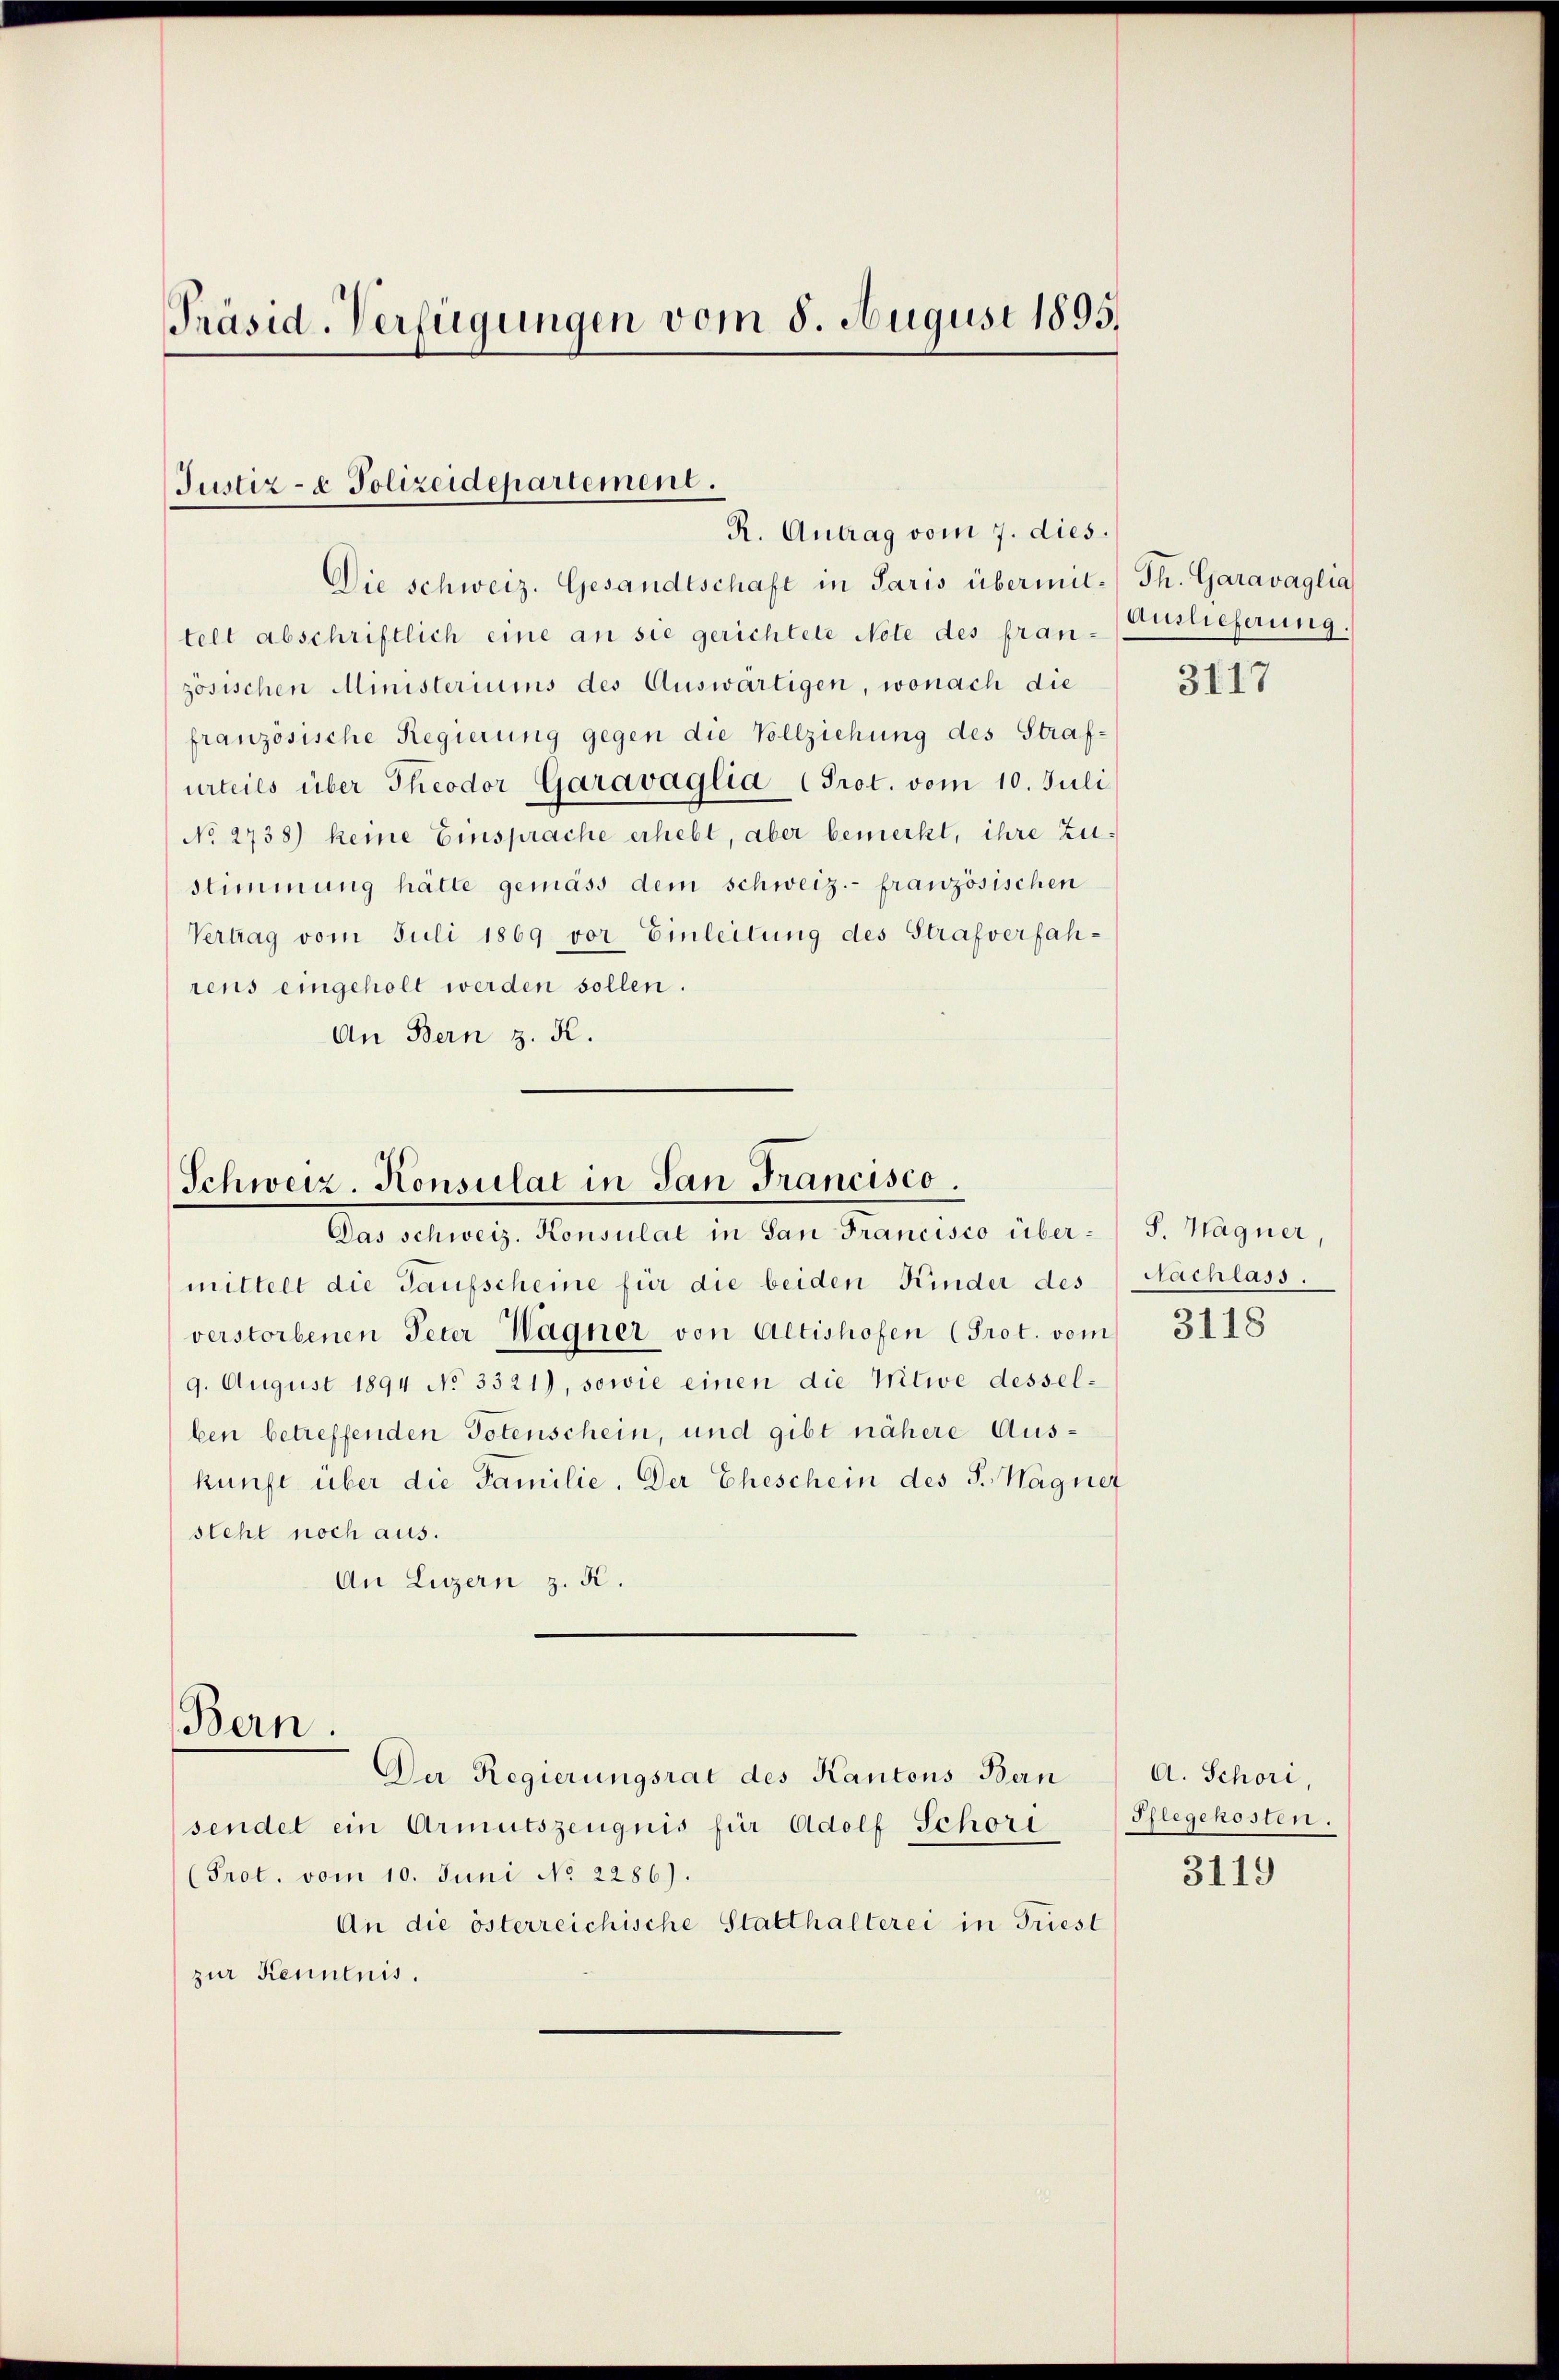
Präsid-Verfügungen vom 8. August 1895.

Justiz- & Polizeidepartement.
R. Antrag vom 7. dies.

Schweiz. Konsulat in San Francisco
Das schweiz. Konsulat in San Francisco über¬

Die schweiz. Gesandtschaft in Paris übermit-Th. Garavaglia
telt abschriftlich eine an sie gerichtete Note des fran- Auslieferung.
zösischen Ministeriums des Auswärtigen, wonach die
französische Regierung gegen die Vollziehung des Strafurteils über Theodor Garavaglia (Prot. vom 10. Juli
No 2738) keine Einsprache erhebt, aber bemerkt, ihre Zustimmung hätte gemäss dem schweiz.- französischen
Vertrag vom Juli 1869 vor Einleitung des Strafverfahrens eingeholt werden sollen.
An Bern z. K.

mittelt die Taufscheine für die beiden Kinder des
verstorbenen Peter Wagner von Actishofen (Prot. vom
9. August 1894 No 3321), sowie einen die Witwe desselben betreffenden Totenschein, und gibt nähere Auskunft über die Familie. Der Eheschein des P. Wagnet
steht noch aus.
An Luzern z. K.
Bern.
Der Regierungsrat des Kantons Bern
sendet ein Armutszeugnis für Adolf Schore
(Prot. vom 10. Juni No 2286).
An die österreichische Statthalterei in Friest
zur Kenntnis.

3117

S. Wagner,
Sachlass.

3118

A. Schori,
Pflegekosten.

3119